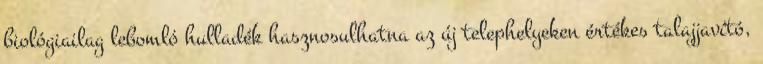
biológiailag lebomló hulladék hasznosulhatna az új telephelyeken értékes talajjavító,